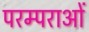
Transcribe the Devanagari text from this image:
परम्‍पराओं